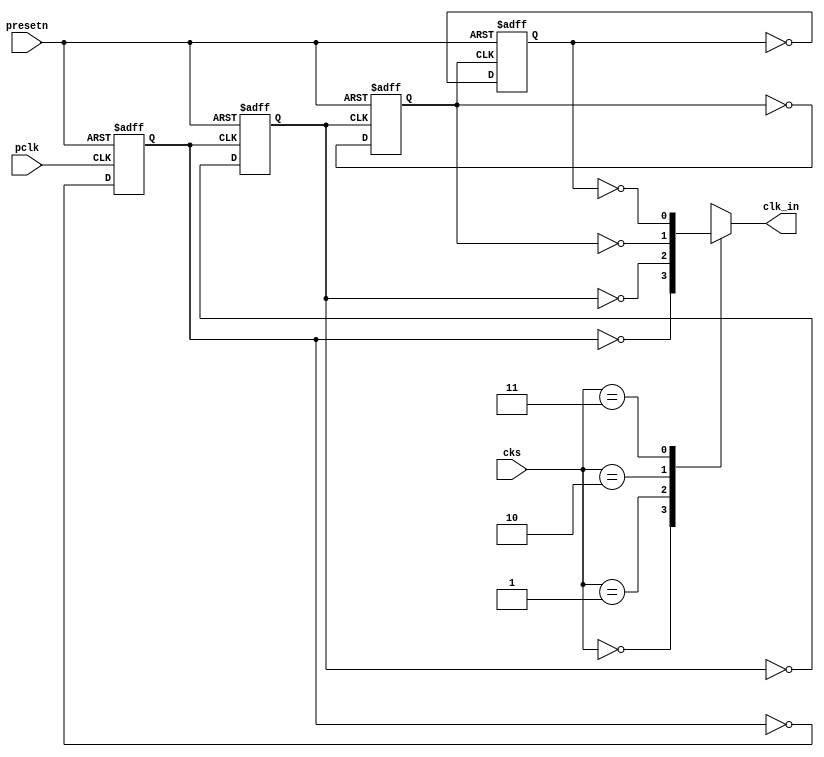
module clock_select(
input pclk, presetn,
input [1:0] cks,
output reg clk_in
);

wire pclk_2, pclk_4, pclk_8, pclk_16;
reg q1, q2, q3, q4;
always @(cks or pclk_2 or pclk_4 or pclk_8 or pclk_16) begin
	case(cks)
	2'b00: clk_in <= pclk_2;
	2'b01: clk_in <= pclk_4;
	2'b10: clk_in <= pclk_8;
	2'b11: clk_in <= pclk_16;
	endcase
end

//PCLK_2
always @(posedge pclk or negedge presetn) begin
	if(!presetn) begin
	  q1 <= 1'b0;
	end
	else begin
	  q1 <= !q1;
	end
end

//PCLK_4
always @(posedge pclk_2 or negedge presetn) begin
	if(!presetn) begin
	  q2 <= 1'b0;
	end
	else begin
	  q2 <= !q2;
	end
end

//PCLK_8
always @(posedge pclk_4 or negedge presetn) begin
	if(!presetn) begin
	  q3 <= 1'b0;
	end
	else begin
	  q3 <= !q3;
	end
end

//PCLK_16
always @(posedge pclk_8 or negedge presetn) begin
	if(!presetn) begin
	  q4 <= 1'b0;
	end
	else begin
	  q4 <= !q4;
	end
end

assign pclk_2= ~q1;
assign pclk_4= ~q2;
assign pclk_8= ~q3;
assign pclk_16=~q4;
endmodule